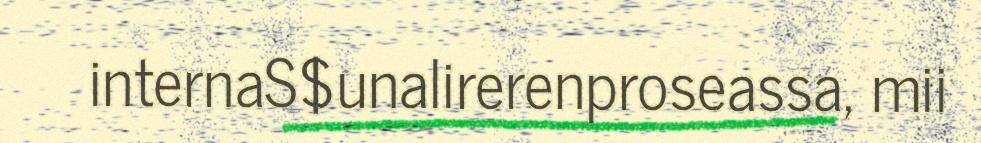
internaS$unalirerenproseassa, mii